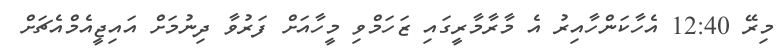
މިރޭ 12:40 އެހާކަންހާއިރު އެ މާރާމާރީގައި ޒަހަމްވި މީހާއަށް ފަރުވާ ދިނުމަށް އައިޖީއެމްއެޗަށް